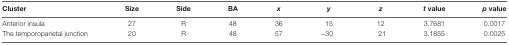
| Cluster | Size | Side | BA | x | y | z | t value | p value |
 | --- | --- | --- | --- | --- | --- | --- | --- | --- |
 | Anterior insula | 27 | R | 48 | 36 | 15 | 12 | 3.7681 | 0.0017 |
 | The temporoparietal junction | 20 | R | 48 | 57 | −30 | 21 | 3.1855 | 0.0025 |